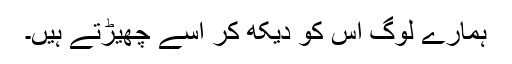
ہمارے لوگ اس کو دیکھ کر اسے چھیڑتے ہیں۔